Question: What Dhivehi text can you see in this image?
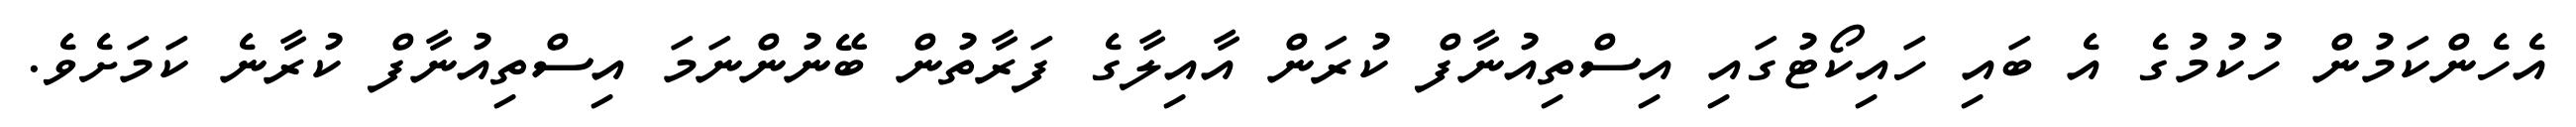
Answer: އެހެންކަމުން ހުކުމުގެ އެ ބައި ހައިކޯޓުގައި އިސްތިއުނާފް ކުރަން އާއިލާގެ ފަރާތުން ބޭނުންނަމަ އިސްތިއުނާފް ކުރާނެ ކަމަށެވެ.